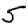
Digit: 5